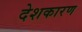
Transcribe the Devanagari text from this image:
देशकारण